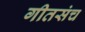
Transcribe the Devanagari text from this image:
गीतसंच